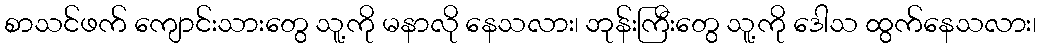
စာသင်ဖက် ကျောင်းသားတွေ သူ့ကို မနာလို နေသလား၊ ဘုန်းကြီးတွေ သူ့ကို ဒေါသ ထွက်နေသလား၊